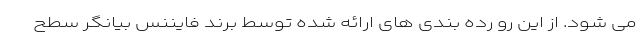
می شود. از این رو رده بندی های ارائه شده توسط برند فایننس بیانگر سطح